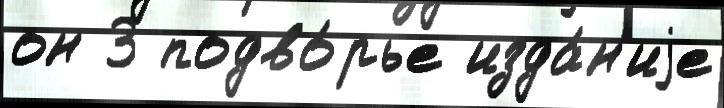
он 3 подво́рье изда́н'иjе